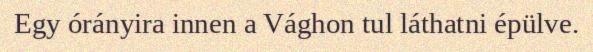
Egy órányira innen a Vághon tul láthatni épülve.